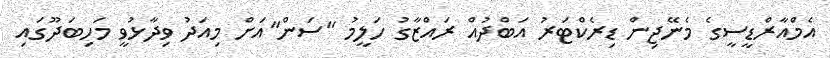
އެމްއާރްޑީސީގެ މެނޭޖިން ޑިރެކްޓަރު އަބްދުއް ރައްޒާގު ހަލީމު "ސަން"އަށް މިއަދު ވިދާޅުވީ މަހިބަދޫގައި